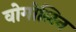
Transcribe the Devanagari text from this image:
वोगोलिन